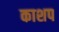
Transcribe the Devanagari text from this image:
काशप